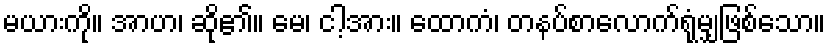
မယားကို။ အာဟ၊ ဆို၏။ မေ၊ ငါ့အား။ ထောကံ၊ တနပ်စာလောက်ရုံမျှဖြစ်သော။